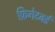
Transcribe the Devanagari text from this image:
फ्रिगेटबर्ड